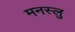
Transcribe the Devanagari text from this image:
मनस्लु